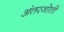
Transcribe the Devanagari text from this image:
अंतरजोती